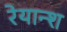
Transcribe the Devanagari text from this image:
रेयान्श